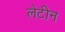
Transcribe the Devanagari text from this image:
लेटीन